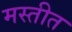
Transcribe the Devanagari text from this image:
मस्तीत